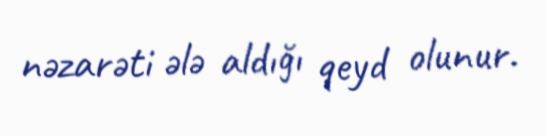
nəzarəti ələ aldığı qeyd olunur.